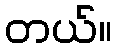
တယ်။